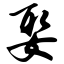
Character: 娶